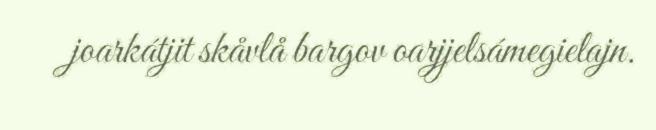
joarkátjit skåvlå bargov oarjjelsámegielajn.